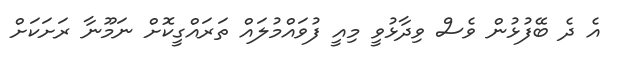
އެ ދެ ބޭފުޅުން ވެސް ވިދާޅުވީ މިއީ ފުވައްމުލައް ތަރައްގީކޮށް ނަމޫނާ ރަށަކަށް